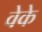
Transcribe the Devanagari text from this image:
वेके